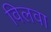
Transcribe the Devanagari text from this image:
विलवा